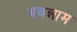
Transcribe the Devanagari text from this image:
भवन्नाम